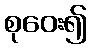
စုဝေး၍